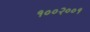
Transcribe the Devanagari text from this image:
१००२००१